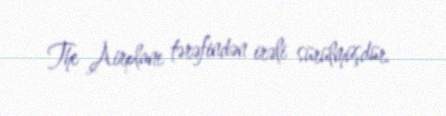
The Airplane tərəfindən irəli sürülmüşdür.